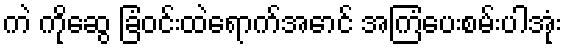
ကဲ ကိုဆွေ ခြံဝင်းထဲရောက်အောင် အကြံပေးစမ်းပါအုံး